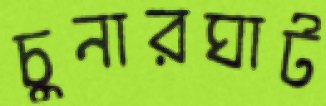
চুনারঘাট